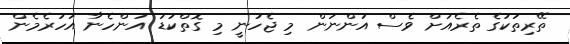
ތޭރިތަކުގެ ތެރެއަށް ވެސް އަންނަން މި ޖެހުނީ މި ގޮތްކުޑަ އަންހެނާ އަހަރެމެން